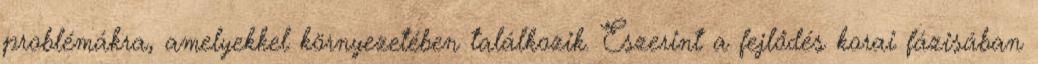
problémákra, amelyekkel környezetében találkozik. Eszerint a fejlődés korai fázisában